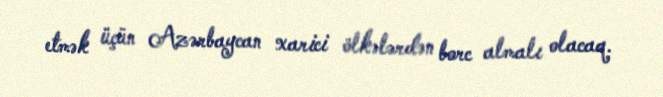
etmək üçün Azərbaycan xarici ölkələrdən borc almalı olacaq.